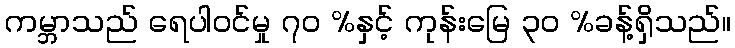
ကမ္ဘာသည် ရေပါဝင်မှု ၇၀ %နှင့် ကုန်းမြေ ၃၀ %ခန့်ရှိသည်။